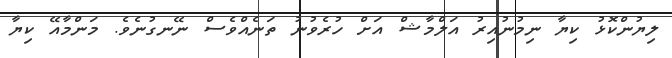
ލިޔުންކޮޅު ކިޔާ ނިމުނުއިރު އަލްމާޝް އަށް ހުރެވުނު ތަނެއްވެސް ނޭނގުނެވެ. މަންމާއޭ ކިޔާ